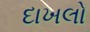
દાખલો